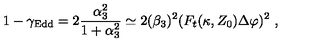
1 - \gamma _ { \mathrm { E d d } } = 2 { \frac { \alpha _ { 3 } ^ { 2 } } { 1 + \alpha _ { 3 } ^ { 2 } } } \simeq 2 ( \beta _ { 3 } ) ^ { 2 } ( F _ { t } ( \kappa , Z _ { 0 } ) \Delta \varphi ) ^ { 2 } \ ,